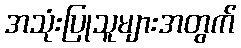
အသုံးပြုသူများအတွက်